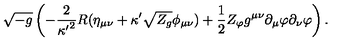
\sqrt { - g } \left( - { \frac { 2 } { { \kappa ^ { \prime } } ^ { 2 } } } R ( \eta _ { \mu \nu } + \kappa ^ { \prime } \sqrt { Z _ { g } } \phi _ { \mu \nu } ) + { \frac { 1 } { 2 } } Z _ { \varphi } g ^ { \mu \nu } \partial _ { \mu } \varphi \partial _ { \nu } \varphi \right) .